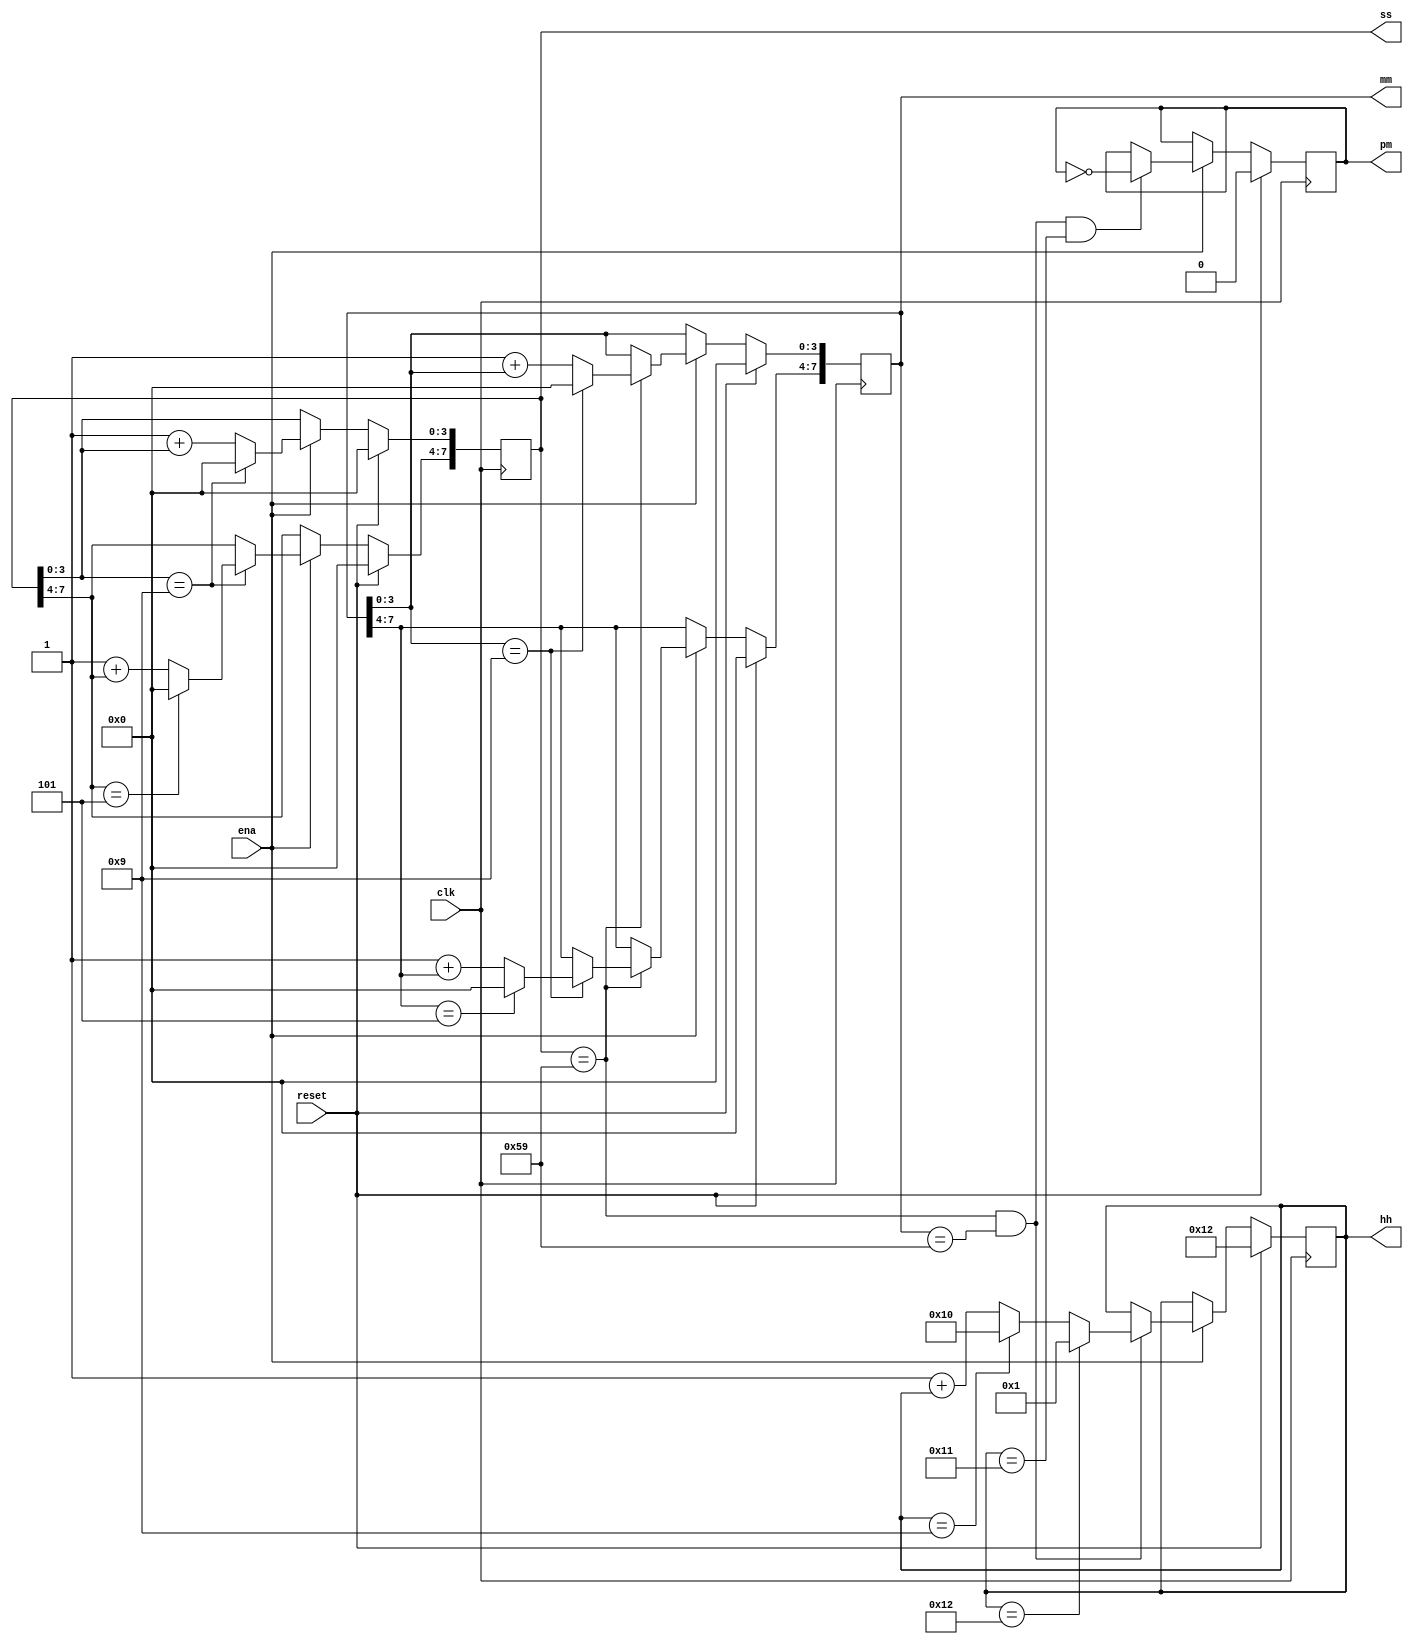
module top_module(
    input clk,
    input reset,
    input ena,
    output reg pm,
    output reg [7:0] hh,
    output reg [7:0] mm,
    output reg [7:0] ss); 
    
    always @(posedge clk) begin
        if(reset) begin
        	pm <= 1'b0;
            hh <= 8'h12;
            mm <= 8'h0;
            ss <= 8'h0;
        end
        else if(~ena) ;
        else begin
            if(ss[3:0] == 4'h9)
                ss[3:0] <= 4'h0;
            else
                ss[3:0] <= 4'h1 + ss[3:0];
            
            if(ss[3:0] == 4'h9)
                begin
                    if(ss[7:4] == 4'h5)
                		ss[7:4] <= 4'h0;
            		else
                		ss[7:4] <= 4'h1 + ss[7:4];
                end
            
            if(ss == 8'h59) begin
                if(mm[3:0] == 4'h9)
                    mm[3:0] <= 4'h0;
                else
                    mm[3:0] <= 4'h1 + mm[3:0];
                
                if(mm[3:0] == 4'h9)
                    begin
                        if(mm[7:4] == 4'h5)
                    		mm[7:4] <= 4'h0;
                		else
                    		mm[7:4] <= 4'h1 + mm[7:4];
                    end
            end
            
            if(ss == 8'h59 && mm == 8'h59) begin
                if(hh == 8'h12)
                    hh <= 8'h1;
                else if(hh == 8'h09)
                    hh <= 8'h10;
                else
                    hh <= 8'h1 + hh;
            end
            
            if(ss == 8'h59 && mm == 8'h59 && hh == 8'h11) pm <= ~pm;
        end
    end

endmodule